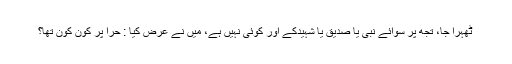
ٹھہرا جا، تجھ پر سوائے نبی یا صدیق یا شہیدکے اور کوئی نہیں ہے، میں نے عرض کیا : حرا پر کون کون تھا؟